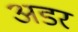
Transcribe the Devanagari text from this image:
अडर